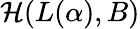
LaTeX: {\cal H}(L(\alpha),B)